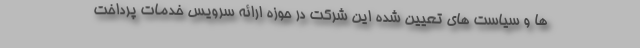
ها و سیاست های تعیین شده این شرکت در حوزه ارائه سرویس خدمات پرداخت